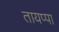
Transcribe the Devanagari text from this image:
तायप्पा